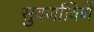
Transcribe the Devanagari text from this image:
सुवर्णाविणें